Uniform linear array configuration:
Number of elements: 4
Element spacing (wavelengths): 0.5
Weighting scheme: exponential
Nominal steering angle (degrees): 15
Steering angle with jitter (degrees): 13.498
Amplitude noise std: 0.05
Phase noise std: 0.05

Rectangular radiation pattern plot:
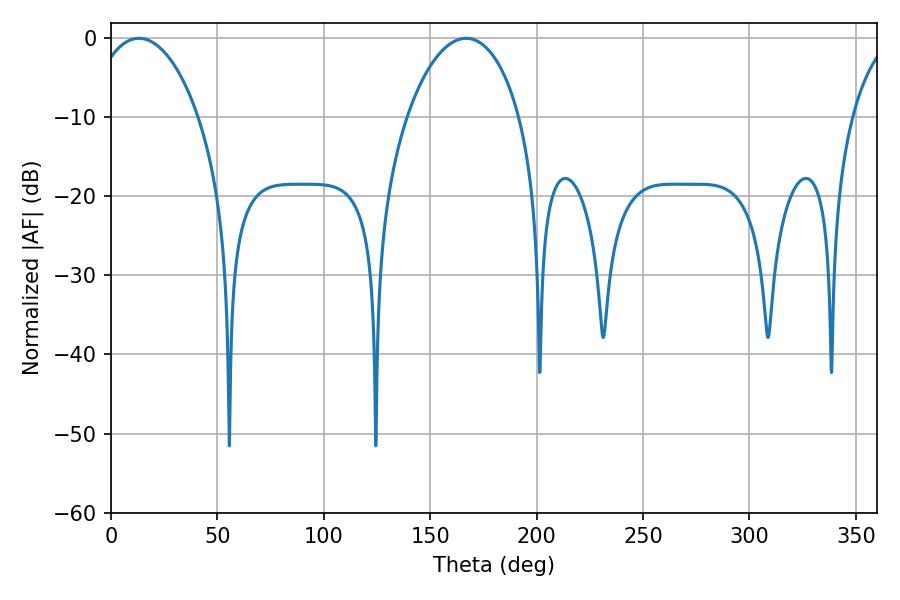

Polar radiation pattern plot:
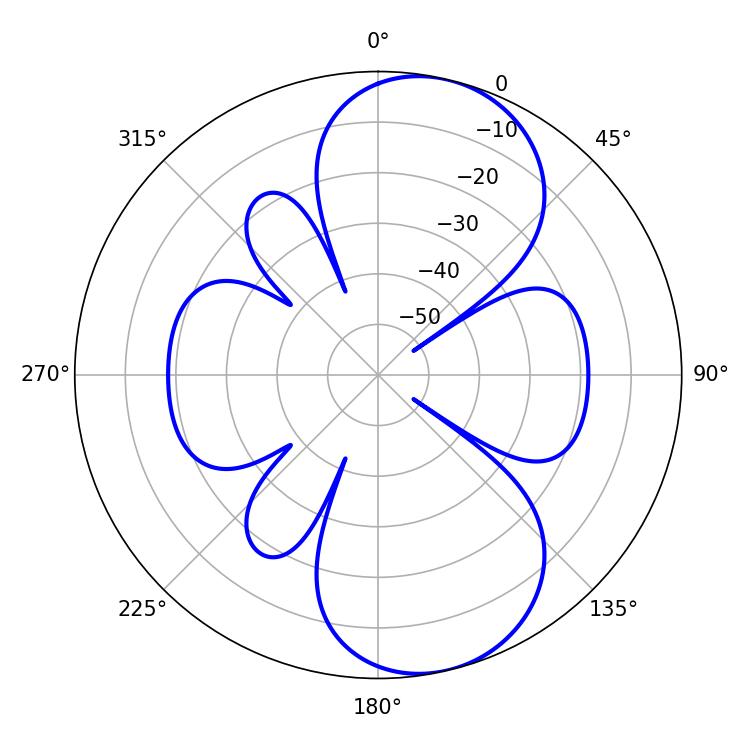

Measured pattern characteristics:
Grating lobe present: FALSE
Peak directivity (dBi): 8.948
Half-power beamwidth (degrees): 28.62
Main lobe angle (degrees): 13.14